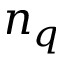
n _ { q }